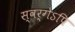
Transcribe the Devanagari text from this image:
स्वर्गेऽपि